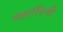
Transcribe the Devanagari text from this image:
स्वरांगिणी